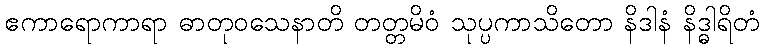
ဧကာရောကာရာ ဓာတုဝသေနာတိ တတ္တမိဝံ သုပ္ပကာသိတော နိဒါနံ နိဒ္ဓါရိတံ